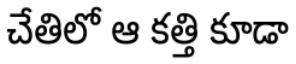
చేతిలో ఆ కత్తి కూడా